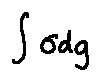
\int \sigma d g